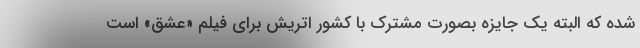
شده که البته یک جایزه بصورت مشترک با کشور اتریش برای فیلم «عشق» است